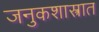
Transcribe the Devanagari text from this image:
जनुकशास्त्रात